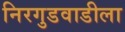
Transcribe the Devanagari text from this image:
निरगुडवाडीला